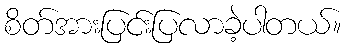
စိတ်အားပြင်းပြလာခဲ့ပါတယ်။